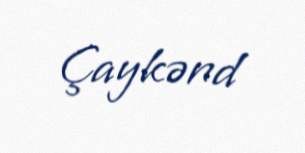
Çaykənd